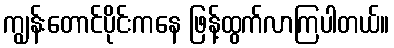
ကျွန်းတောင်ပိုင်းကနေ ဖြန့်ထွက်လာကြပါတယ်။